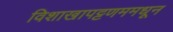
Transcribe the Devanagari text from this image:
विशाखापट्टणममधून